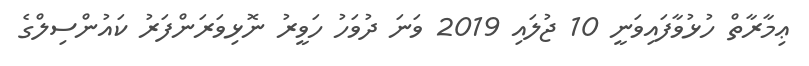
ޢިމާރާތް ހުޅުވާފައިވަނީ 10 ޖުލައި 2019 ވަނަ ދުވަހު ހަވީރު ނޮޅިވަރަންފަރު ކައުންސިލްގެ